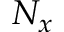
N _ { x }